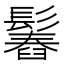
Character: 𩮱